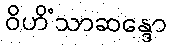
ဝိဟိံသာဆန္ဒော